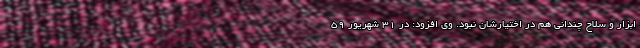
ابزار و سلاح چندانی هم در اختیارشان نبود. وی افزود: در 31 شهریور 59